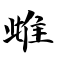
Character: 雌